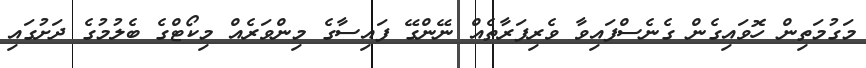
މަގުމަތިން ހޮވައިގެން ގެނެސްފައިވާ ވެރިފަރާތެއް ނޭންގޭ ފައިސާގެ މިންވަރެއް މިކޯޓްގެ ބެލުމުގެ ދަށުގައި